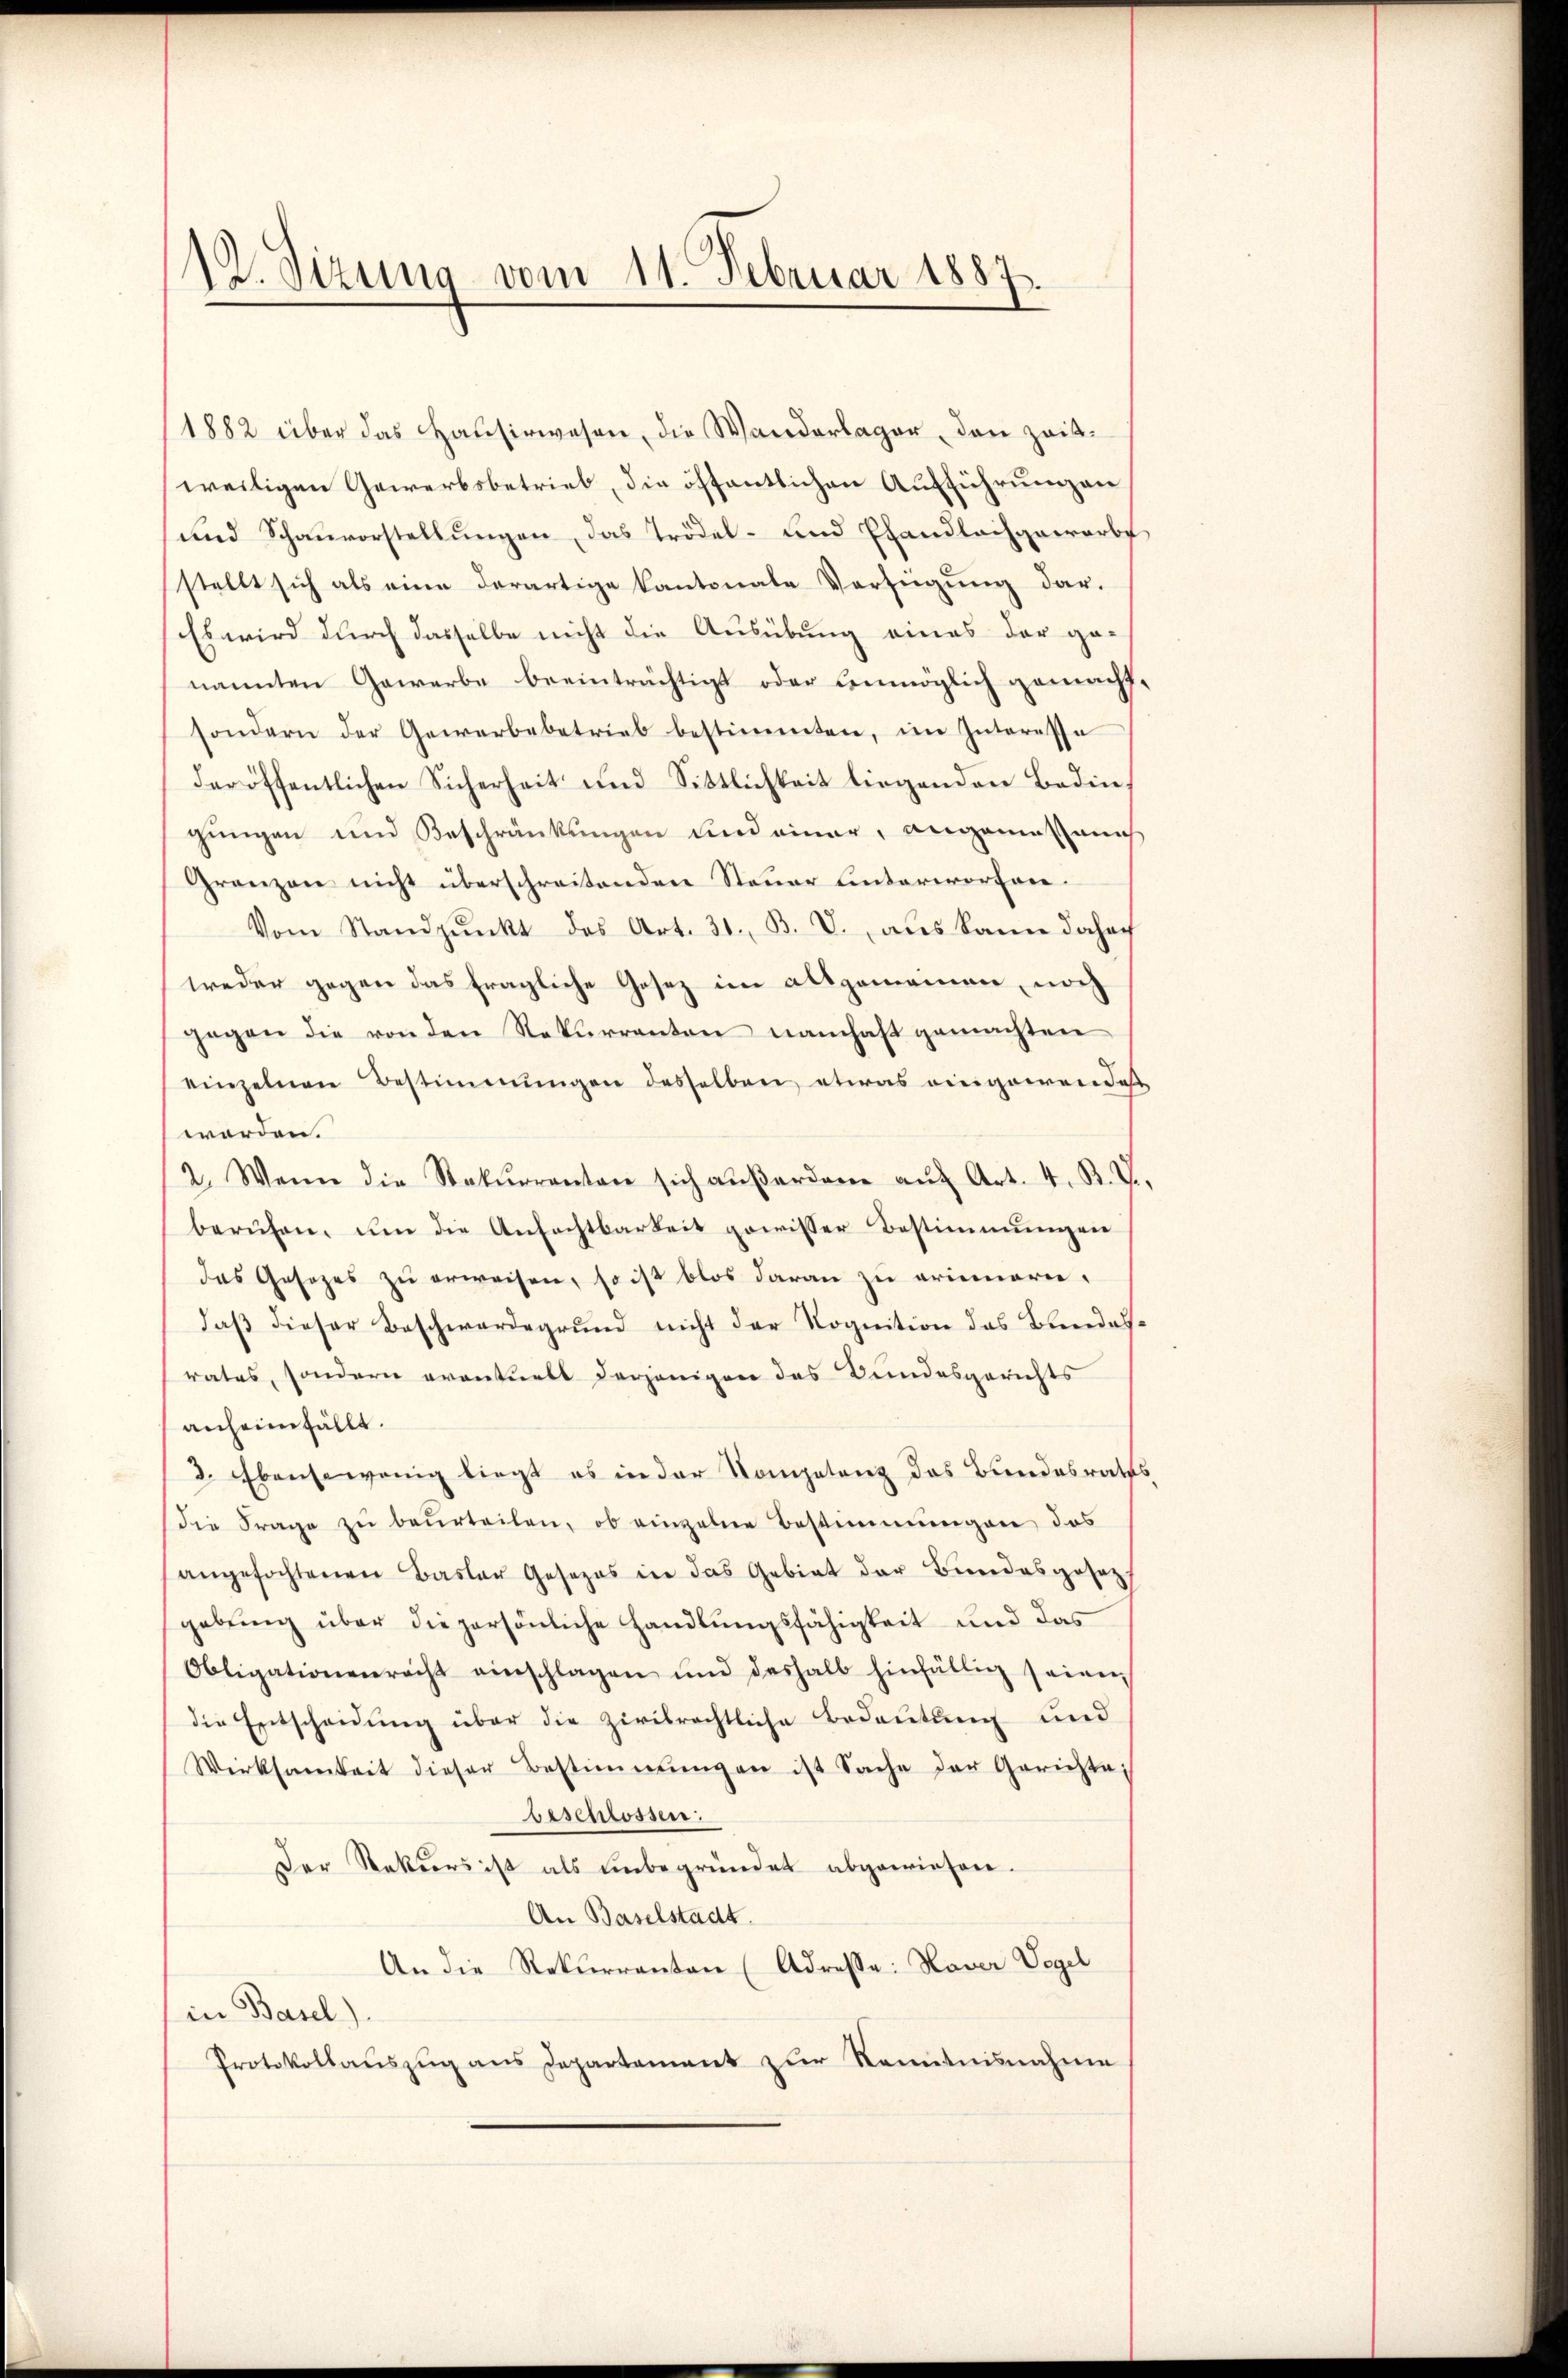
12. Sizung vom 11. Februar 1887

1882 über das Hausirwesen, die Wanderlager, den Zeitweiligen Gewerbsbetrieb, die öffentlichen Aufführungen
und Schauvorstellungen, das Trödel- und Ehandlachgewarbe
stellt sich als eine derartige Kantonale Verfügung dar-
Es wird durch dasselbe nicht die Ausübung eines der ge-
nannten Gewerbe beeinträchtigt oder unmöglich gemacht
sondern der Gewerbebetrieb bestimmten, im Interesse
der öffentlichen Sicherheit und Sittlichkeit liegenden Bedingungen und Beschränkungen und einer, angemessen
Grenzen nicht überschreitenden Steuer hinterworfen.
Vom Standpunkt des Art. 31. B. V., als kann daher
weder gegen das fragliche Gesez im allgemeinen, noch
gegen die von den Rekurrenten namhaft gemachten
einzelnen Bestimmungen desselben etwas einigenen daß
worden.
2. Wenn die Stakŭrrenten sich aŭβerdame aŭf Art. 4. R. V.
beruhen, um die Anfechtbarkeit gewisser Bestimmungen
das Gesezes zu erweisen, so ist blos daran zu erinnern.
daß dieser Beschwerdegrund nicht der Rognition das Bundesrates, sondern eventuell derjenigen das Bundesgerichts
anheimfällt.
. Ebensowenig liegt es in der Kompetenz des Bundesraths
die Frage zu beurteilen, ob einzelne Bestimmungen das
angefochtenen Basler Gesezes in das Gebiet der Bundesgesetz-
gebung über die persönliche Handlungsfähigkeit und das
Obligationenrecht einschlagen und deshalb hinfällig seinen
die Entscheidung über die zivilrechtliche Bedeutung und
Wirksamkeit dieser Bestimmungen ist Sache der Gerichte,
beschlossen:
Der Rektors ist als ŭnbegründet abgewiesen.
An Baselstadt.
An die Rekurranten (Adresse: Haver Vogel
in Basel).
Protokollauszug aus Departement zur Kenntnisnahme